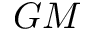
G M